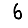
Digit: 6